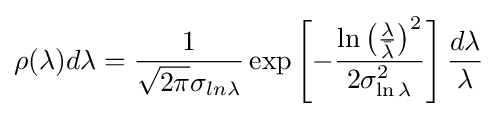
\rho (\lambda )d\lambda ={\frac {1}{{\sqrt {2\pi }}\sigma _{ln\lambda }}}\exp \left[-{\frac {\ln \left({\frac {\lambda }{\bar {\lambda }}}\right)^{2}}{2\sigma _{\ln \lambda }^{2}}}\right]{\frac {d\lambda }{\lambda }}